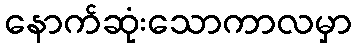
နောက်ဆုံးသောကာလမှာ